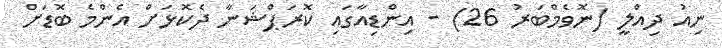
ނިއު ދިއްލީ (ނޮވެމްބަރު 26) - އިންޑިއާގައި ކޮރަޕްޝަނާ ދެކޮޅަށް އެންމެ ބޮޑަށް